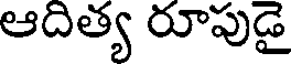
ఆదిత్య రూపుడై